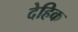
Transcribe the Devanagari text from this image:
देहिक